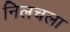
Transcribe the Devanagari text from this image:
निलचला